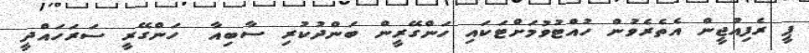
ޕީ ރެފިއުޖީން އެތެރެވުން ހުއްޓުވުމަށްޓަކައި ހަންގޭރީން ބަންދުކުރި ސާބިއާ  ހަންގޭރީ ސަރަހައްދީ